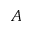
A